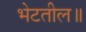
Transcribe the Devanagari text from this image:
भेटतील॥